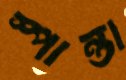
স্পান্তা